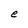
Character: e